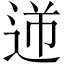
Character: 𨒾